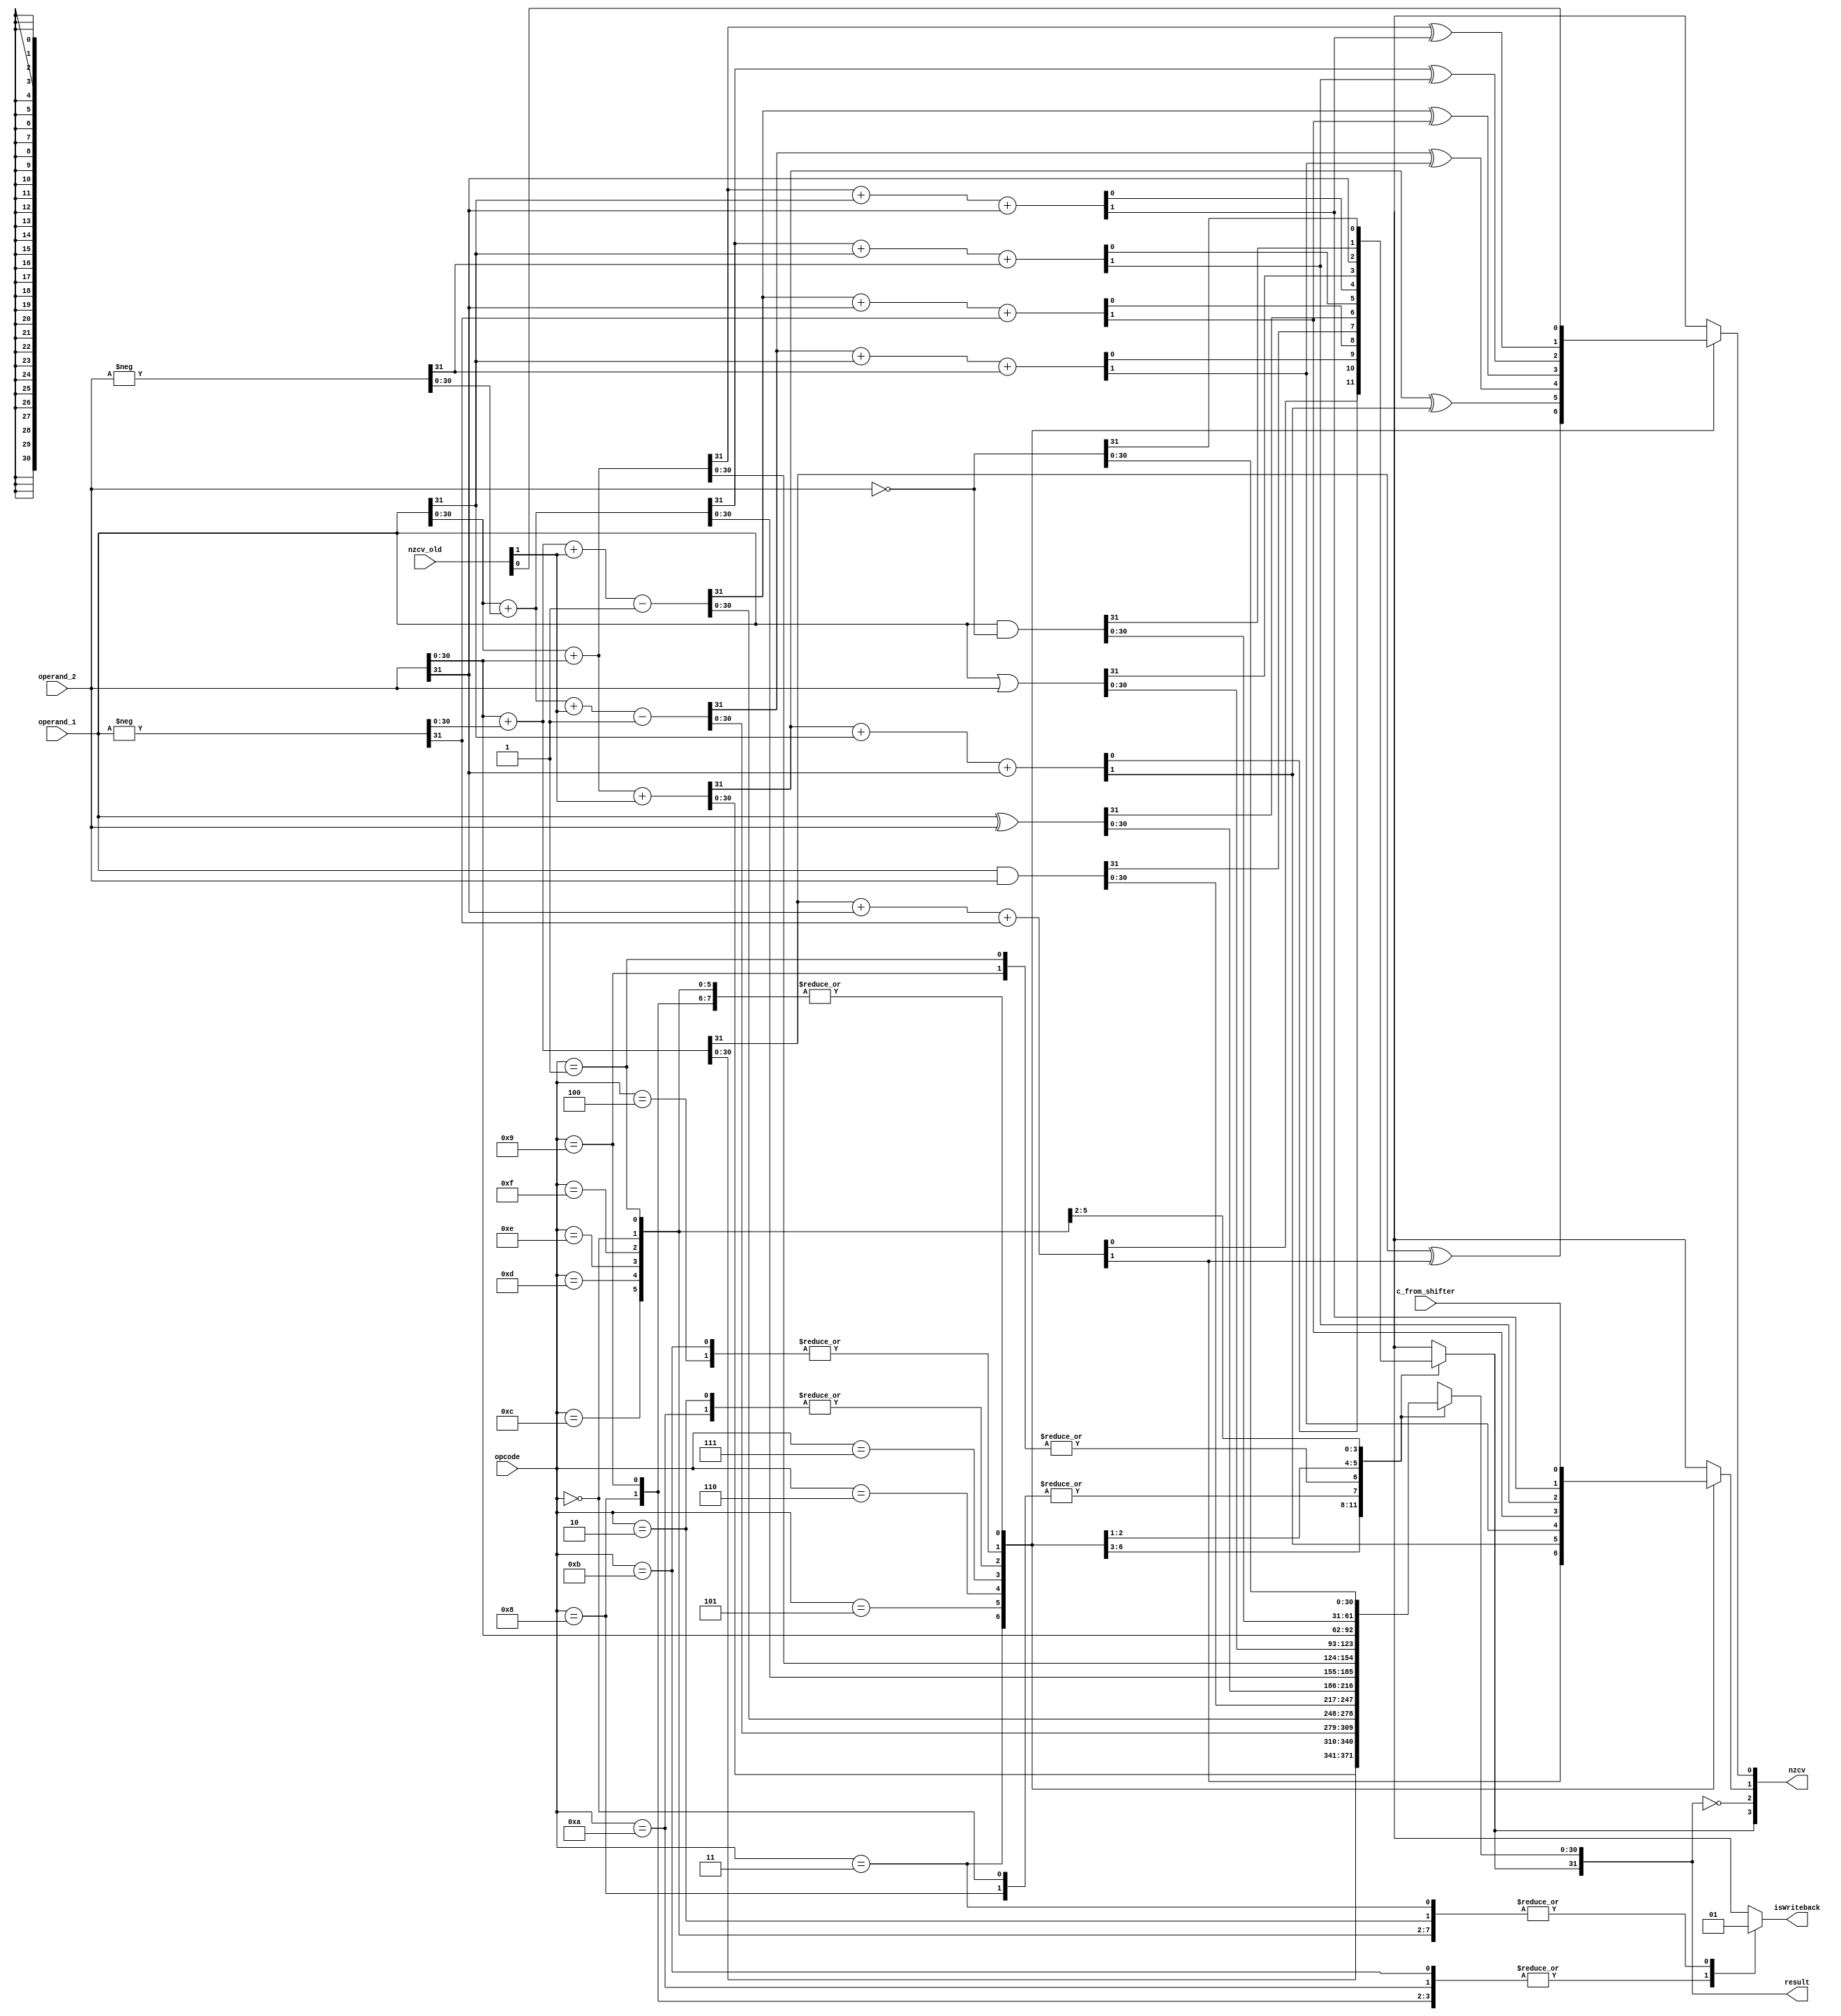
//ALU block

`define AND 4'd0
`define EOR 4'd1
`define SUB 4'd2
`define RSB 4'd3
`define ADD 4'd4
`define ADC 4'd5
`define SBC 4'd6
`define RSC 4'd7
`define TST 4'd8
`define TEQ 4'd9
`define CMP 4'd10
`define CMN 4'd11
`define ORR 4'd12
`define MOV 4'd13
`define BIC 4'd14
`define MVN 4'd15
//reference: http://www.cc.gatech.edu/~hyesoon/spr10/lec_arm2.pdf , page 6
module alu(opcode, operand_1, operand_2, result, nzcv_old, nzcv, c_from_shifter, isWriteback);

parameter N = 32; 

input[3:0] opcode;	//opcode of operation
input wire [N-1:0] operand_1; //operands:
input wire [N-1:0] operand_2;
input wire[3:0] nzcv_old; //old nzcv
input wire c_from_shifter;//this is carry flag from shifter. so that we can update carry flag for logical instructions

output reg isWriteback; //specifies if result is to be written back
output reg[N-1:0] result; //output
output reg [3:0] nzcv; 	//update nzcv register
/*condition code register.  i.e, both read and write,  nzcv[3] = n
nzcv[0] = v
nzcv[1] = c
nzcv[2] = z
nzcv[3] = n  */

reg cin;
reg cout;
reg[N-1:0] neg;

always @(*) begin
	nzcv= nzcv_old;

	case(opcode)
		//logical and
		`AND: begin
			result = operand_1 & operand_2;
			nzcv[1] = c_from_shifter;
			isWriteback = 1;
		end
		//xor
		`EOR: begin
			result = operand_1 ^ operand_2;
			isWriteback = 1;
			nzcv[1] = c_from_shifter;
		end
		//result = op1-op2
		`SUB: begin
			neg = -operand_2;
			{cin, result[N-2:0]} = operand_1[N-2:0]+neg[N-2:0]; 
			{cout, result[N-1]} = cin+ operand_1[N-1]+neg[N-1];
			nzcv[1]  = cout;	//carry flag
			nzcv[0] = cin^cout; //overflow flag
			isWriteback = 1;
		end
		
		//result = op2-op1
		`RSB: begin
			neg = -operand_1;
			{cin, result[N-2:0]} = operand_2[N-2:0]+neg[N-2:0]; 
			{cout, result[N-1]} = cin+ operand_2[N-1]+neg[N-1];
			nzcv[1]  = cout;	//carry flag
			nzcv[0] = cin^cout; //overflow flag
			isWriteback = 1;
		end
		
		//result = op1+op2
		`ADD: begin
			{cin, result[N-2:0]} = operand_1[N-2:0]+operand_2[N-2:0]; 
			{cout, result[N-1]} = cin+ operand_1[N-1]+operand_2[N-1];
			nzcv[1]  = cout;	//carry flag
			nzcv[0] = cin^cout; //overflow flag
			isWriteback = 1;
		end
		
		//result = op1+op2+c
		`ADC: begin
			{cin, result[N-2:0]} = operand_1[N-2:0]+operand_2[N-2:0]+nzcv_old[1]; 
			{cout, result[N-1]} = cin+ operand_1[N-1]+operand_2[N-1];
			nzcv[1]  = cout;	//carry flag
			nzcv[0] = cin^cout; //overflow flag
			isWriteback = 1;
		end
		
		//result = op1  Op2 + C-1
		`SBC: begin
			neg = -operand_2;
			{cin, result[N-2:0]} = operand_1[N-2:0]+neg[N-2:0]+nzcv_old[1]-1; 
			{cout, result[N-1]} = cin+ operand_1[N-1]+neg[N-1];
			nzcv[1]  = cout;	//carry flag
			nzcv[0] = cin^cout; //overflow flag	
			isWriteback = 1;
		end
		
		//result = op2-op1+c-1
		`RSC: begin
			neg = -operand_1;
			{cin, result[N-2:0]} = operand_2[N-2:0]+neg[N-2:0]+nzcv_old[1]-1; 
			{cout, result[N-1]} = cin+ operand_2[N-1]+neg[N-1];
			nzcv[1]  = cout;	//carry flag
			nzcv[0] = cin^cout; //overflow flag
			isWriteback = 1;
		end
		
		//same as AND  but you don't write back
		`TST: begin
			result = operand_1 & operand_2;
			isWriteback = 0;
			nzcv[1] = c_from_shifter;
		end
		
		//same as EOR but you don't write back
		`TEQ: begin
			result = operand_1 ^ operand_2;
			isWriteback = 0;
			nzcv[1] = c_from_shifter;
		end
		
		//same as SUB but you don't write back
		`CMP: begin
			neg = -operand_2;
			{cin, result[N-2:0]} = operand_1[N-2:0]+neg[N-2:0]; 
			{cout, result[N-1]} = cin+ operand_1[N-1]+neg[N-1];
			nzcv[1]  = cout;	//carry flag
			nzcv[0] = cin^cout; //overflow flag
			isWriteback = 0;
		end
		
		//same as ADD but you don't write back
		`CMN: begin
			{cin, result[N-2:0]} = operand_1[N-2:0]+operand_2[N-2:0]; 
			{cout, result[N-1]} = cin+ operand_1[N-1]+operand_2[N-1];
			nzcv[1]  = cout;	//carry flag
			nzcv[0] = cin^cout; //overflow flag
			isWriteback = 0;
		end
		
		//bitwise or
		`ORR: begin
			result = operand_1 | operand_2;
			isWriteback = 1;
			nzcv[1] = c_from_shifter;
		end
		
		//move. op1 ignored
		`MOV: begin
			result = operand_2;
			isWriteback = 1;
			nzcv[1] =c_from_shifter;
		end
		
		//res = op1 & ~op2
		`BIC: begin
			result = operand_1 & (~operand_2);
			isWriteback = 1;
			nzcv[1] =c_from_shifter;
		end
		
		//move negated op2
		`MVN: begin
			result = ~operand_2;
			isWriteback = 1;
			nzcv[1] = c_from_shifter;
		end
		
	endcase

	nzcv[3] = result[N-1]; 	//n flag	
	nzcv[2] = (result == 0); // z flag
			
end

endmodule